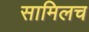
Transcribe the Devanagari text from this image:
सामिलच